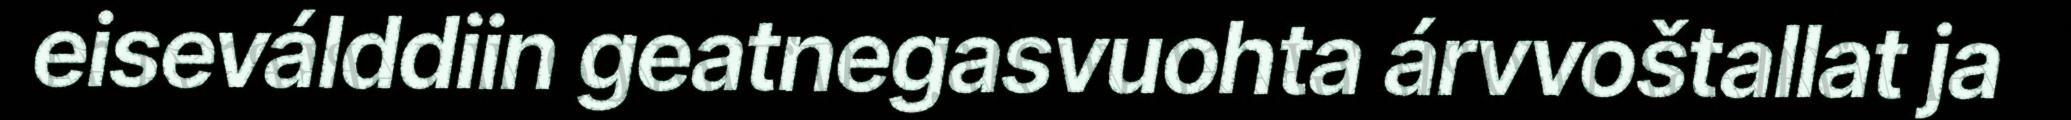
eiseválddiin geatnegasvuohta árvvoštallat ja